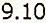
9.10